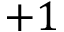
+ 1